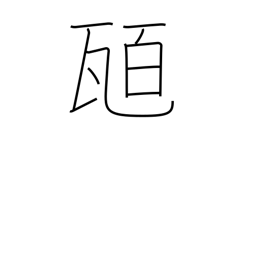
Meaning: hundred grams